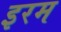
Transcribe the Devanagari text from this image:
इरम